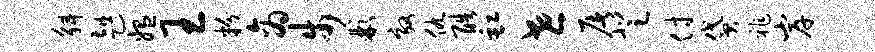
斛趄媪王粉商步彬效仇酷缸世屠登付贷祚岸